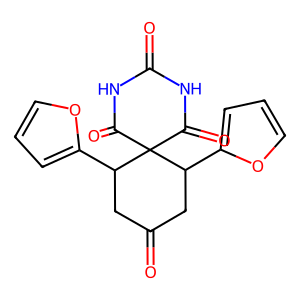
SMILES: O=C1CC(c2ccco2)C2(C(=O)NC(=O)NC2=O)C(c2ccco2)C1
Inhibits HIV replication: No